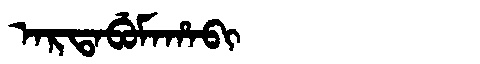
Manchu: ᠠᡵᡨᠠᠪᡠᠮᠠᡥᠠᠪᡳ
Romanization: ARTABUMAHABI